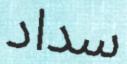
سداد